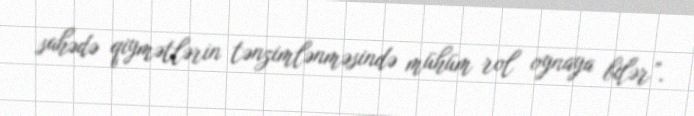
sahədə qiymətlərin tənzimlənməsində mühüm rol oynaya bilər”.